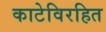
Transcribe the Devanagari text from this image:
काटेविरहित